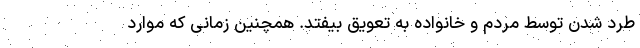
طرد شدن توسط مردم و خانواده به تعویق بیفتد. همچنین زمانی که موارد